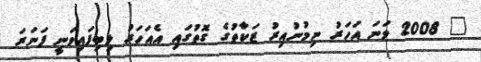
" 2008 ވަނަ އަހަރު ނިމުނުއިރު ޒަކާތުގެ ގޮތުގައި އެއަހަރު ލިބިފައިވަނީ ފަނަރަ